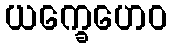
ယက္ခေဟေဝ